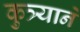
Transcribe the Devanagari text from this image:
कुत्र्याने